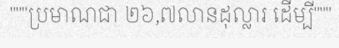
"""ប្រមាណជា ២៦,៧លានដុល្លារ ដើម្បី"""